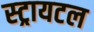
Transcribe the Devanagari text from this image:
स्ट्रायटल